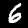
Digit: 6